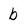
Character: b